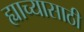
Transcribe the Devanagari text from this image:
ह्याच्यासाठी